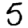
Digit: 5